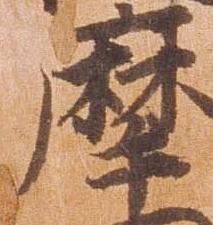
摩